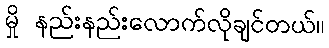
မှို နည်းနည်းလောက်လိုချင်တယ်။